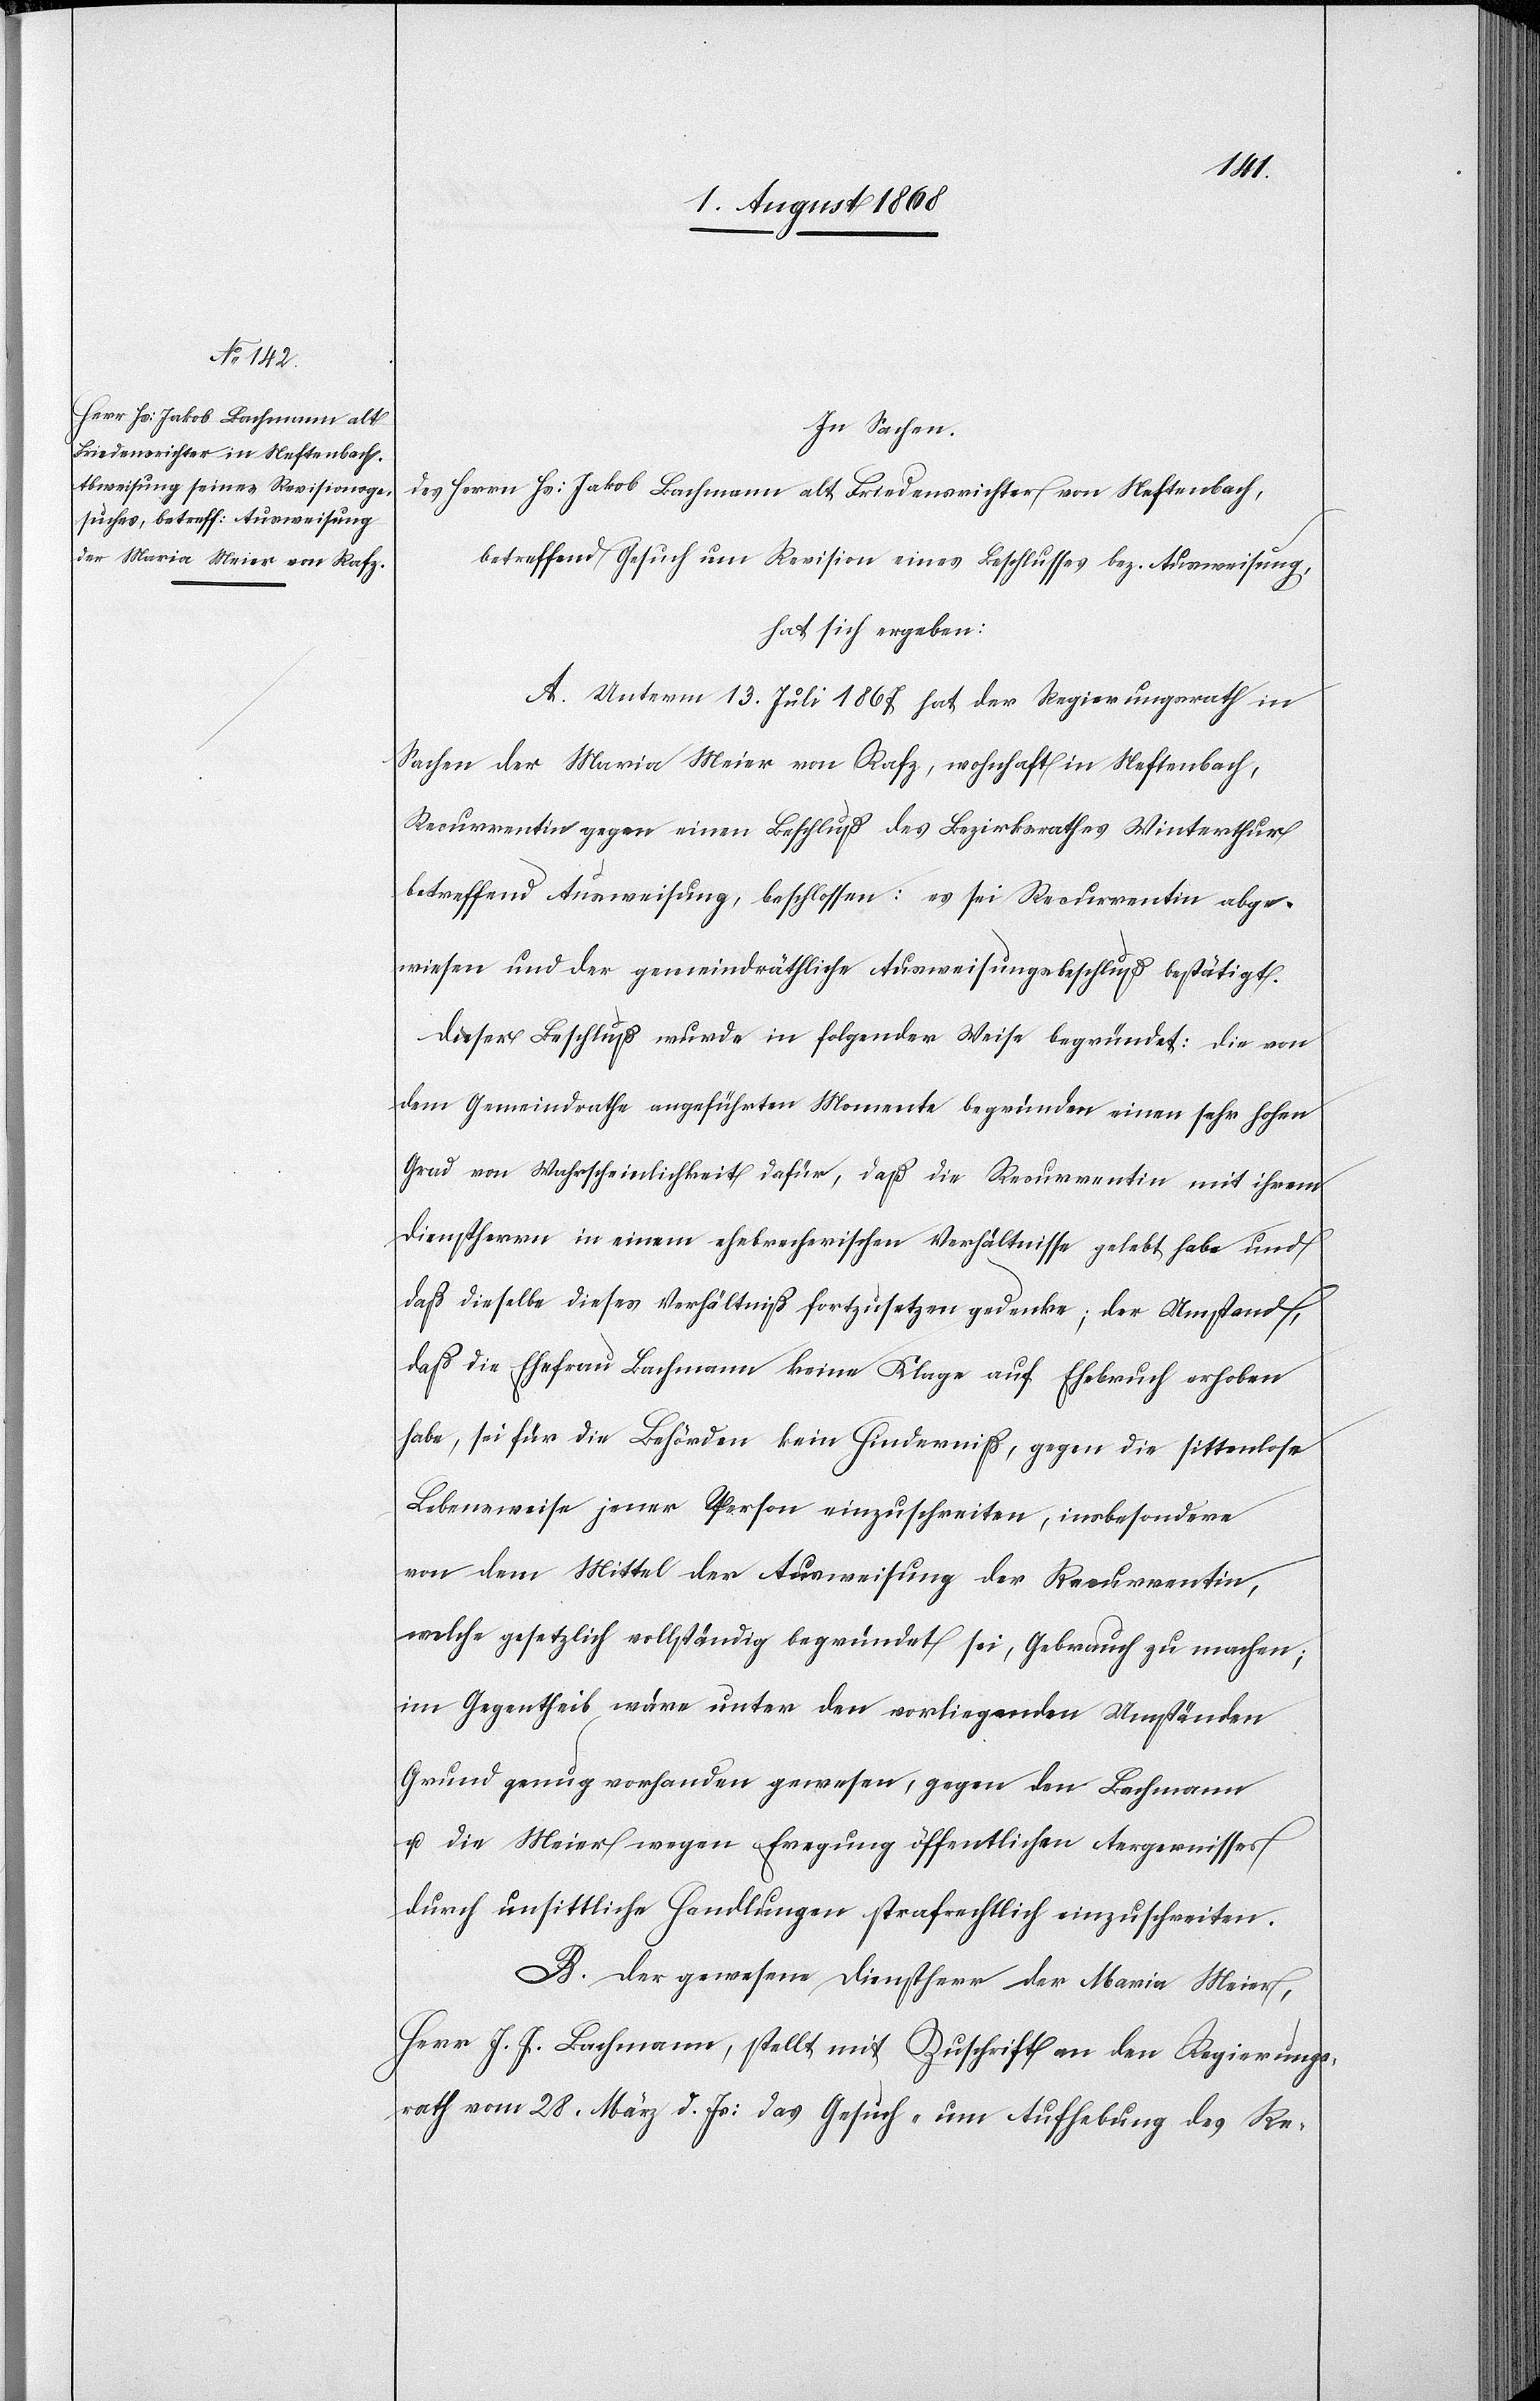
In Sachen
des Herrn Hs: Jakob Bachmann alt Friedensrichter von Neftenbach,
betreffend Gesuch um Revision eines Beschlusses bez. Ausweisung,
hat sich ergeben:
A. Unterm 13. Juli 1867 hat der Regierungsrath in
Sachen der Maria Meier von Rafz, wohnhaft in Neftenbach,
Recurrentin gegen einen Beschluß des Bezirksrathes Winterthur
betreffend Ausweisung, beschlossen: es sei Recurrentin abge¬
wiesen und der gemeindräthliche Ausweisungsbeschluß bestätigt.
Dieser Beschluß wurde in folgender Weise begründet: die von
dem Gemeindrathe angeführten Momente begründen einen sehr hohen
Grad von Wahrscheinlichkeit dafür, daß die Recurrentin mit ihrem
Dienstherrn in einem ehebrecherischen Verhältnisse gelebt habe und
daß dieselbe dieses Verhältniß fortzusetzen gedenke; der Umstand,
daß die Ehefrau Bachmann keine Klage auf Ehebruch erhoben
habe, sei für die Behörden kein Hinderniß, gegen die sittenlose
Lebensweise jener Person einzuschreiten, insbesondere
von dem Mittel der Ausweisung der Recurrentin,
welche gesetzlich vollständig begründet sei, Gebrauch zu machen;
im Gegentheil wäre unter den vorliegenden Umständen
Grund genug vorhanden gewesen, gegen den Bachmann
u. die Meier wegen Er[r]egung öffentlichen Aergernisses
durch unsittliche Handlungen strafrechtlich einzuschreiten.
B. Der gewesene Dienstherr der Maria Meier,
Herr J. J. Bachmann, stellt mit Zuschrift an den Regierungs¬
rath vom 28. März d. Js: das Gesuch „um Aufhebung des Re-